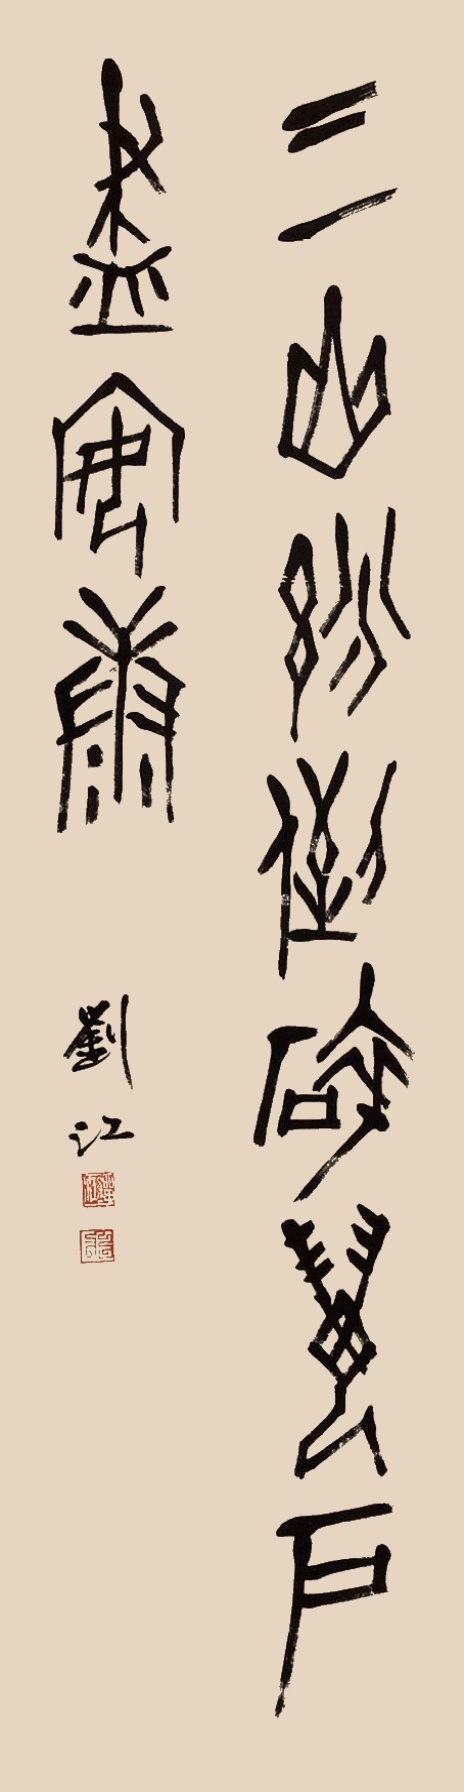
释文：三山纷倒碎，万户尽安康。刘江。